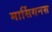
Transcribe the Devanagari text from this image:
मार्सियनस